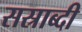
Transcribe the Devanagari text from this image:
सस्राब्दी